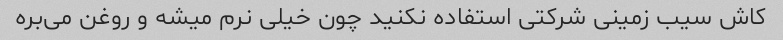
کاش سیب زمینی شرکتی استفاده نکنید چون خیلی نرم میشه و روغن می‌بره